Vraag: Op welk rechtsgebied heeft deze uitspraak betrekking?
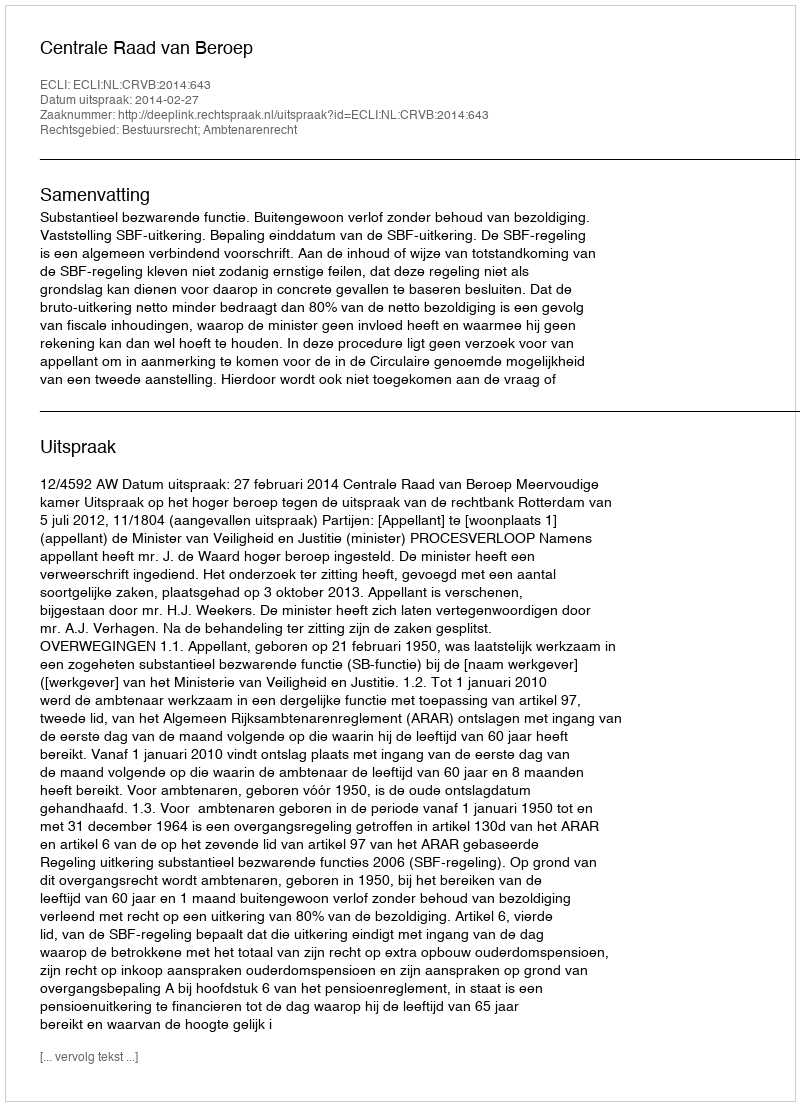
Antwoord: Bestuursrecht; Ambtenarenrecht